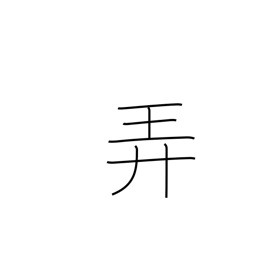
Meaning: trifle with